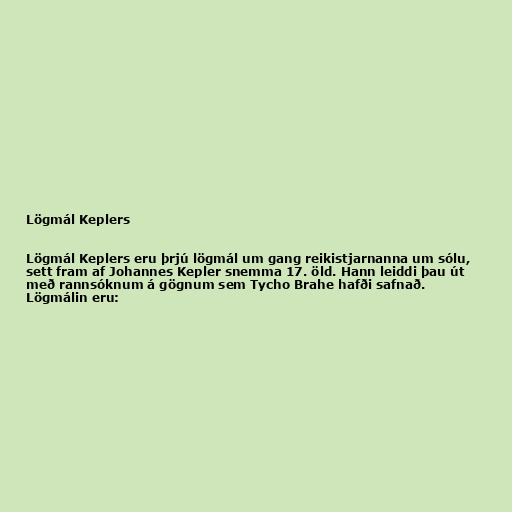
Lögmál Keplers

Lögmál Keplers eru þrjú lögmál um gang reikistjarnanna um sólu,
sett fram af Johannes Kepler snemma 17. öld. Hann leiddi þau út
með rannsóknum á gögnum sem Tycho Brahe hafði safnað.
Lögmálin eru: